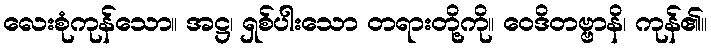
လေးစုံကုန်သော။ အဋ္ဌ၊ ရှစ်ပါးသော တရားတို့ကို။ ဝေဒိတဗ္ဗာနိ၊ ကုန်၏။